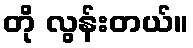
တို လွန်းတယ်။